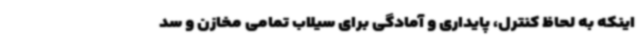
اینکه به لحاظ کنترل، پایداری و آمادگی برای سیلاب تمامی مخازن و سد